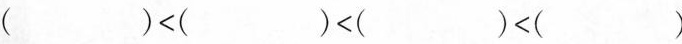
()<()<()<()